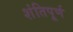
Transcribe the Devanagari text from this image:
शंतिपूर्ण